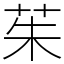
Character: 茱